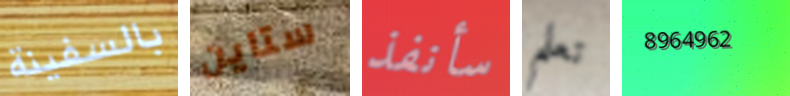
بالسفينة ستاين سأنفذ تعلم 8964962